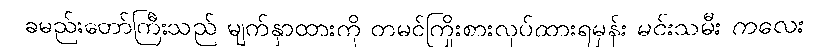
ခမည်းတော်ကြီးသည် မျက်နှာထားကို တမင်ကြိုးစားလုပ်ထားရမှန်း မင်းသမီး ကလေး